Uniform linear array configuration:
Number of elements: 8
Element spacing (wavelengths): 0.5
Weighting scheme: uniform
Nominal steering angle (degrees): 0
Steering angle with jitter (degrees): -0.8521
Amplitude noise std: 0.05
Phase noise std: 0.05

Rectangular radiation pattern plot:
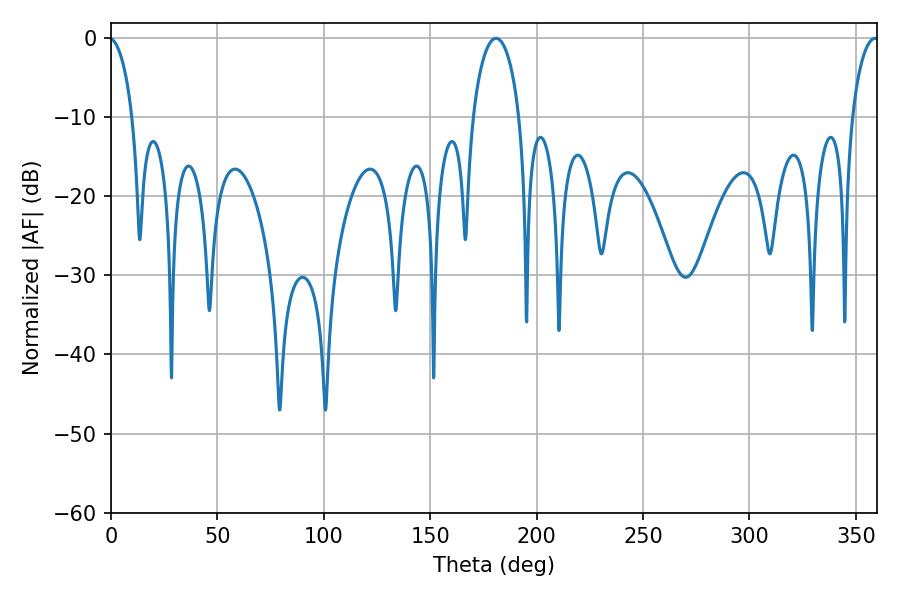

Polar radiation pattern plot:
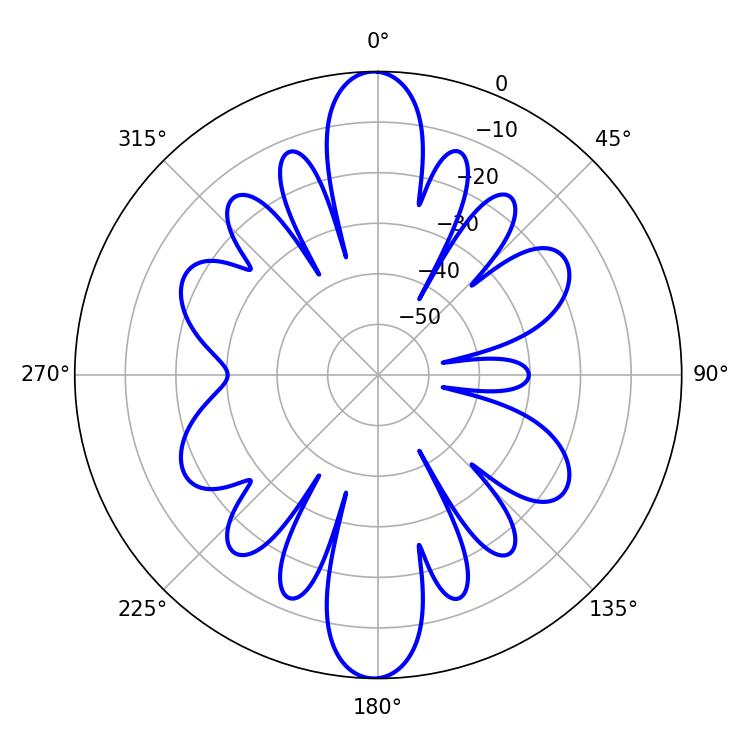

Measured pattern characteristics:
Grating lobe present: FALSE
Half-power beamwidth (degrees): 12.6
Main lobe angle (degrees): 180.9